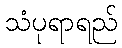
သံပုရာရည်